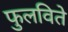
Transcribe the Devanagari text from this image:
फुलविते